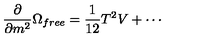
\frac { \partial } { \partial m ^ { 2 } } \Omega _ { f r e e } = \frac { 1 } { 1 2 } T ^ { 2 } V + \cdots